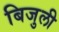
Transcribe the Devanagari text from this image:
बिजुली